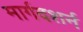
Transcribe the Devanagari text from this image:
मार्गदशर्न